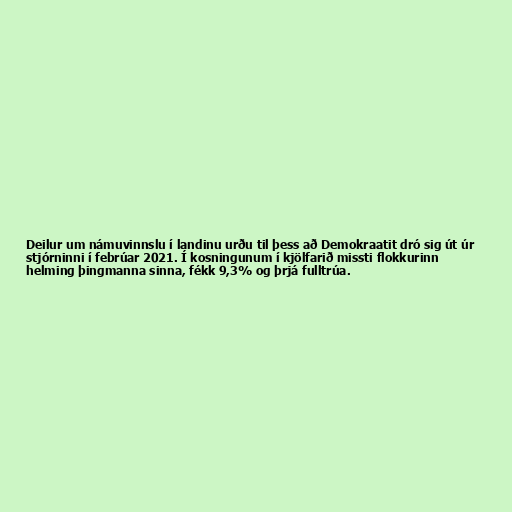
Deilur um námuvinnslu í landinu urðu til þess að Demokraatit dró sig út úr
stjórninni í febrúar 2021. Í kosningunum í kjölfarið missti flokkurinn
helming þingmanna sinna, fékk 9,3% og þrjá fulltrúa.